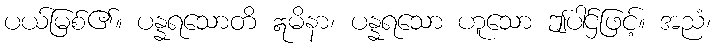
ပယ်မြစ်၏။ ပန္နရသောတိ ဣမိနာ၊ ပန္နရသော ဟူသော ဤပါဌ်ဖြင့်။ အညံ၊